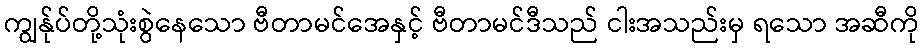
ကျွန်ုပ်တို့သုံးစွဲနေသော ဗီတာမင်အေနှင့် ဗီတာမင်ဒီသည် ငါးအသည်းမှ ရသော အဆီကို